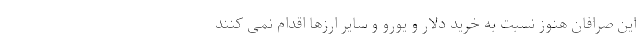
این صرافان هنوز نسبت به خرید دلار و یورو و سایر ارزها اقدام نمی کنند